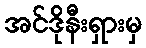
အင်ဒိုနီးရှားမှ